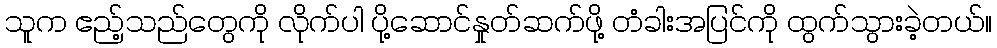
သူက ဧည့်သည်တွေကို လိုက်ပါ ပို့ဆောင်နှုတ်ဆက်ဖို့ တံခါးအပြင်ကို ထွက်သွားခဲ့တယ်။